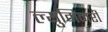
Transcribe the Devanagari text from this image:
ल्युमिनरी